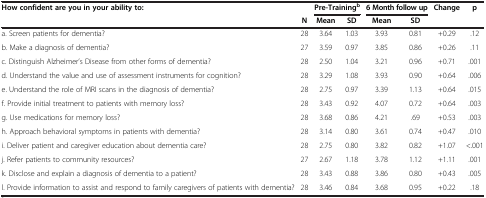
<table><thead><tr><td colspan="2"><b>How confident are you in your ability to:</b></td><td colspan="2"><b>Pre-Training<sup>b</sup></b></td><td colspan="2"><b>6 Month follow up</b></td><td><b>Change</b></td><td><b>p</b></td></tr><tr><td><b> </b></td><td><b>N</b></td><td><b>Mean</b></td><td><b>SD</b></td><td><b>Mean</b></td><td><b>SD</b></td><td><b> </b></td><td><b> </b></td></tr></thead><tbody><tr><td>a. Screen patients for dementia?</td><td>28</td><td>3.64</td><td>1.03</td><td>3.93</td><td>0.81</td><td>+0.29</td><td>.12</td></tr><tr><td>b. Make a diagnosis of dementia?</td><td>27</td><td>3.59</td><td>0.97</td><td>3.85</td><td>0.86</td><td>+0.26</td><td>.11</td></tr><tr><td>c. Distinguish Alzheimer’s Disease from other forms of dementia?</td><td>28</td><td>2.50</td><td>1.04</td><td>3.21</td><td>0.96</td><td>+0.71</td><td>.001</td></tr><tr><td>d. Understand the value and use of assessment instruments for cognition?</td><td>28</td><td>3.29</td><td>1.08</td><td>3.93</td><td>0.90</td><td>+0.64</td><td>.006</td></tr><tr><td>e. Understand the role of MRI scans in the diagnosis of dementia?</td><td>28</td><td>2.75</td><td>0.97</td><td>3.39</td><td>1.13</td><td>+0.64</td><td>.015</td></tr><tr><td>f. Provide initial treatment to patients with memory loss?</td><td>28</td><td>3.43</td><td>0.92</td><td>4.07</td><td>0.72</td><td>+0.64</td><td>.003</td></tr><tr><td>g. Use medications for memory loss?</td><td>28</td><td>3.68</td><td>0.86</td><td>4.21</td><td>.69</td><td>+0.53</td><td>.003</td></tr><tr><td>h. Approach behavioral symptoms in patients with dementia?</td><td>28</td><td>3.14</td><td>0.80</td><td>3.61</td><td>0.74</td><td>+0.47</td><td>.010</td></tr><tr><td>i. Deliver patient and caregiver education about dementia care?</td><td>28</td><td>2.75</td><td>0.80</td><td>3.82</td><td>0.82</td><td>+1.07</td><td>&lt;.001</td></tr><tr><td>j. Refer patients to community resources?</td><td>27</td><td>2.67</td><td>1.18</td><td>3.78</td><td>1.12</td><td>+1.11</td><td>.001</td></tr><tr><td>k. Disclose and explain a diagnosis of dementia to a patient?</td><td>28</td><td>3.43</td><td>0.88</td><td>3.86</td><td>0.80</td><td>+0.43</td><td>.005</td></tr><tr><td>l. Provide information to assist and respond to family caregivers of patients with dementia?</td><td>28</td><td>3.46</td><td>0.84</td><td>3.68</td><td>0.95</td><td>+0.22</td><td>.18</td></tr></tbody></table>